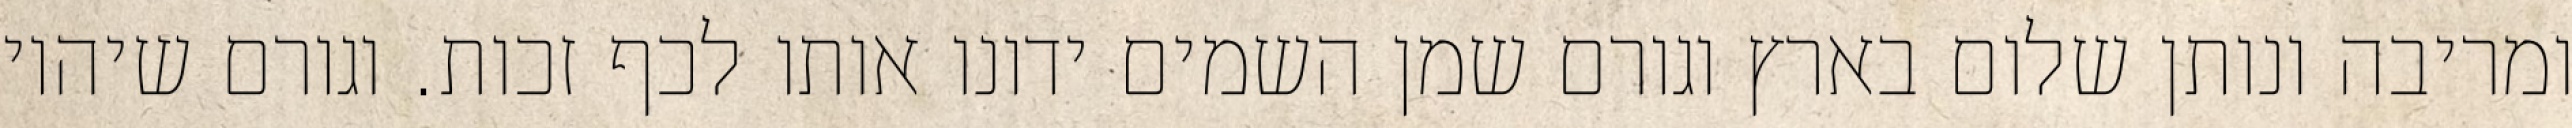
ומריבה ונותן שלום בארץ וגורם שמן השמים ידונו אותו לכף זכות. וגורם שיהיו